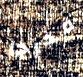
مخرجا